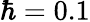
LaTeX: \hbar=0.1